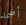
أصمد